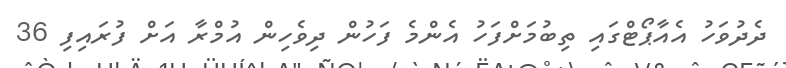
ދެދުވަހު އެއާޕޯޓްގައި ތިބުމަށްފަހު އެންމެ ފަހުން ދިވެހިން އުމްރާ އަށް ފުރައިފި 36